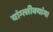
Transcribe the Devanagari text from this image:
यांग्त्सीक्यांग।